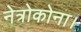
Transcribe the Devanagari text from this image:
नेत्रोकोना।